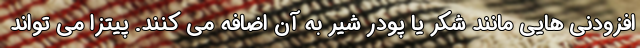
افزودنی هایی مانند شکر یا پودر شیر به آن اضافه می کنند. پیتزا می تواند